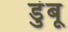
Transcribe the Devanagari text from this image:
डुंबू